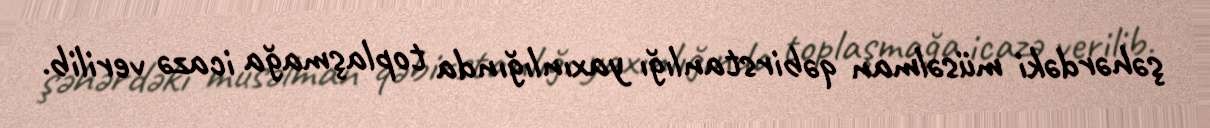
şəhərdəki müsəlman qəbirstanlığı yaxınlığında toplaşmağa icazə verilib.